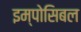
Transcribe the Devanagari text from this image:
इम्पोसिबल